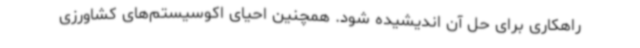
راهکاری برای حل آن اندیشیده شود. همچنین احیای اکوسیستم‌های کشاورزی